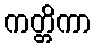
ကတ္တိကာ